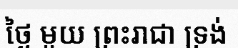
ថ្ងៃ មួយ ព្រះរាជា ទ្រង់